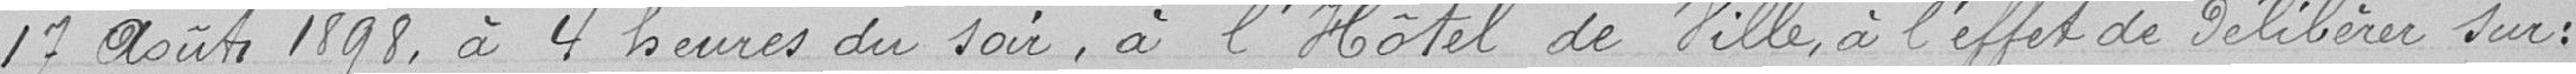
17 août 1898, à 4 heures du soir, à l'Hôtel de Ville, à l'effet de délibérer sur :